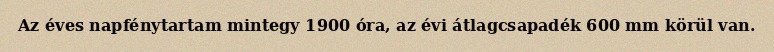
Az éves napfénytartam mintegy 1900 óra, az évi átlagcsapadék 600 mm körül van.